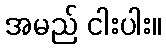
အမည် ငါးပါး။